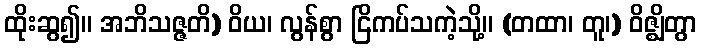
ထိုးဆွ၍။ အဘိသဇ္ဇတိ) ဝိယ၊ လွန်စွာ ငြိကပ်သကဲ့သို့။ (တထာ၊ တူ၊) ဝိဇ္ဈိတွာ